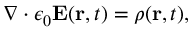
\nabla \cdot \epsilon _ { 0 } \mathbf { E } ( \mathbf { r } , t ) = \rho ( \mathbf { r } , t ) ,